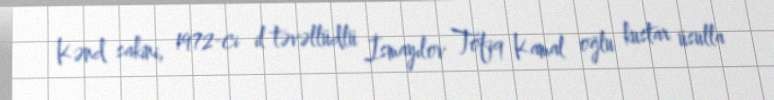
Kənd sakini, 1972-ci il təvəllüdlü İsmayılov Tofiq Kamal oğlu kustar üsulla